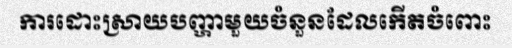
ការដោះស្រាយបញ្ហាមួយចំនួនដែលកើតចំពោះ